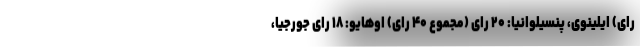
رای) ایلینوی، پنسیلوانیا: ۲۰ رای (مجموع ۴۰ رای) اوهایو: ۱۸ رای جورجیا،